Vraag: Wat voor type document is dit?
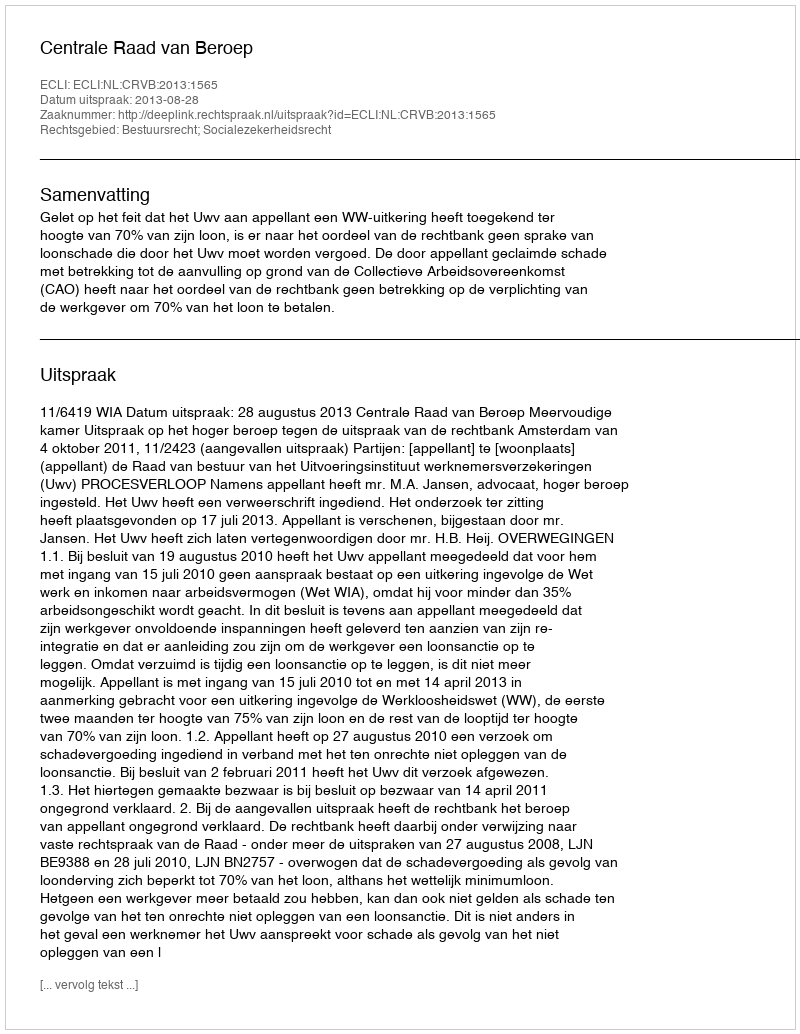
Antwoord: Uitspraak